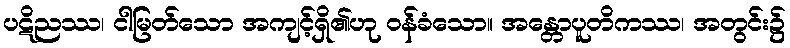
ပဋိညဿ၊ ငါမြတ်သော အကျင့်ရှိ၏ဟု ဝန်ခံသော။ အန္တောပူတိကဿ၊ အတွင်း၌